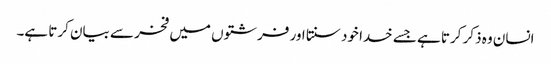
انسان وہ ذکر کرتا ہے جسے خدا خود سنتا اور فرشتوں میں فخر سے بیان کرتا ہے۔